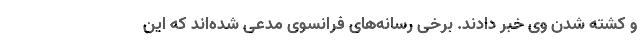
و کشته شدن وی خبر دادند. برخی رسانه‌های فرانسوی مدعی شده‌اند که این